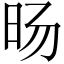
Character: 旸